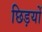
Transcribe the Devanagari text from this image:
छिड़यों